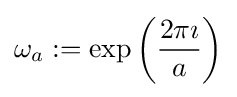
\omega _{a}:=\exp \left({\frac {2\pi \imath }{a}}\right)